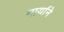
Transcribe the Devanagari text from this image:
मार्याने